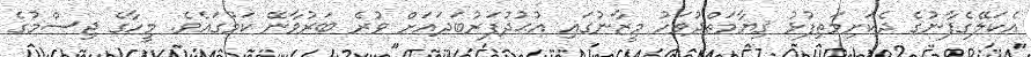
އެކަލޭގެފާނުގެ ދެކަށިމަތިފުޅު ޤިޔާމަތްދުވަހު މީޒާނުގައި އުޙުދުފަރުބަދައަށް ވުރެ ބަރުވާނޭ ކަމުގައެވެ. މީހާގެ ޖިސްމުގެ